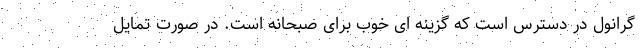
گرانول در دسترس است که گزینه ای خوب برای صبحانه است. در صورت تمایل